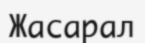
Жасарал